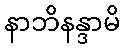
နာဘိနန္ဒာမိ